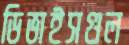
ডিভাইসগুল